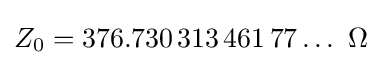
Z_{0}=376.730\,313\,461\,77\ldots ~\Omega